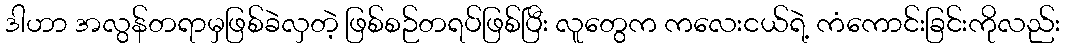
ဒါဟာ အလွန်တရာမှဖြစ်ခဲလှတဲ့ ဖြစ်စဉ်တရပ်ဖြစ်ပြီး လူတွေက ကလေးငယ်ရဲ့ ကံကောင်းခြင်းကိုလည်း